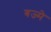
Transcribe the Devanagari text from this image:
बज्मे